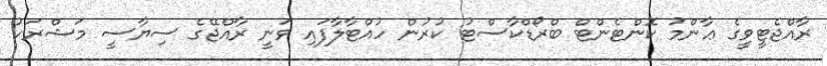
ރާއްޖެޓީވީގެ ޢާންމު ކޮންޓެންޓް ބްރޯޑްކާސްޓު ކުރުން ހުއްޓާލާފައި ވަނީ ރާއްޖޭގެ ސިޔާސީ މަޝްރަހު